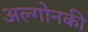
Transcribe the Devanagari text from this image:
अल्गोनकी